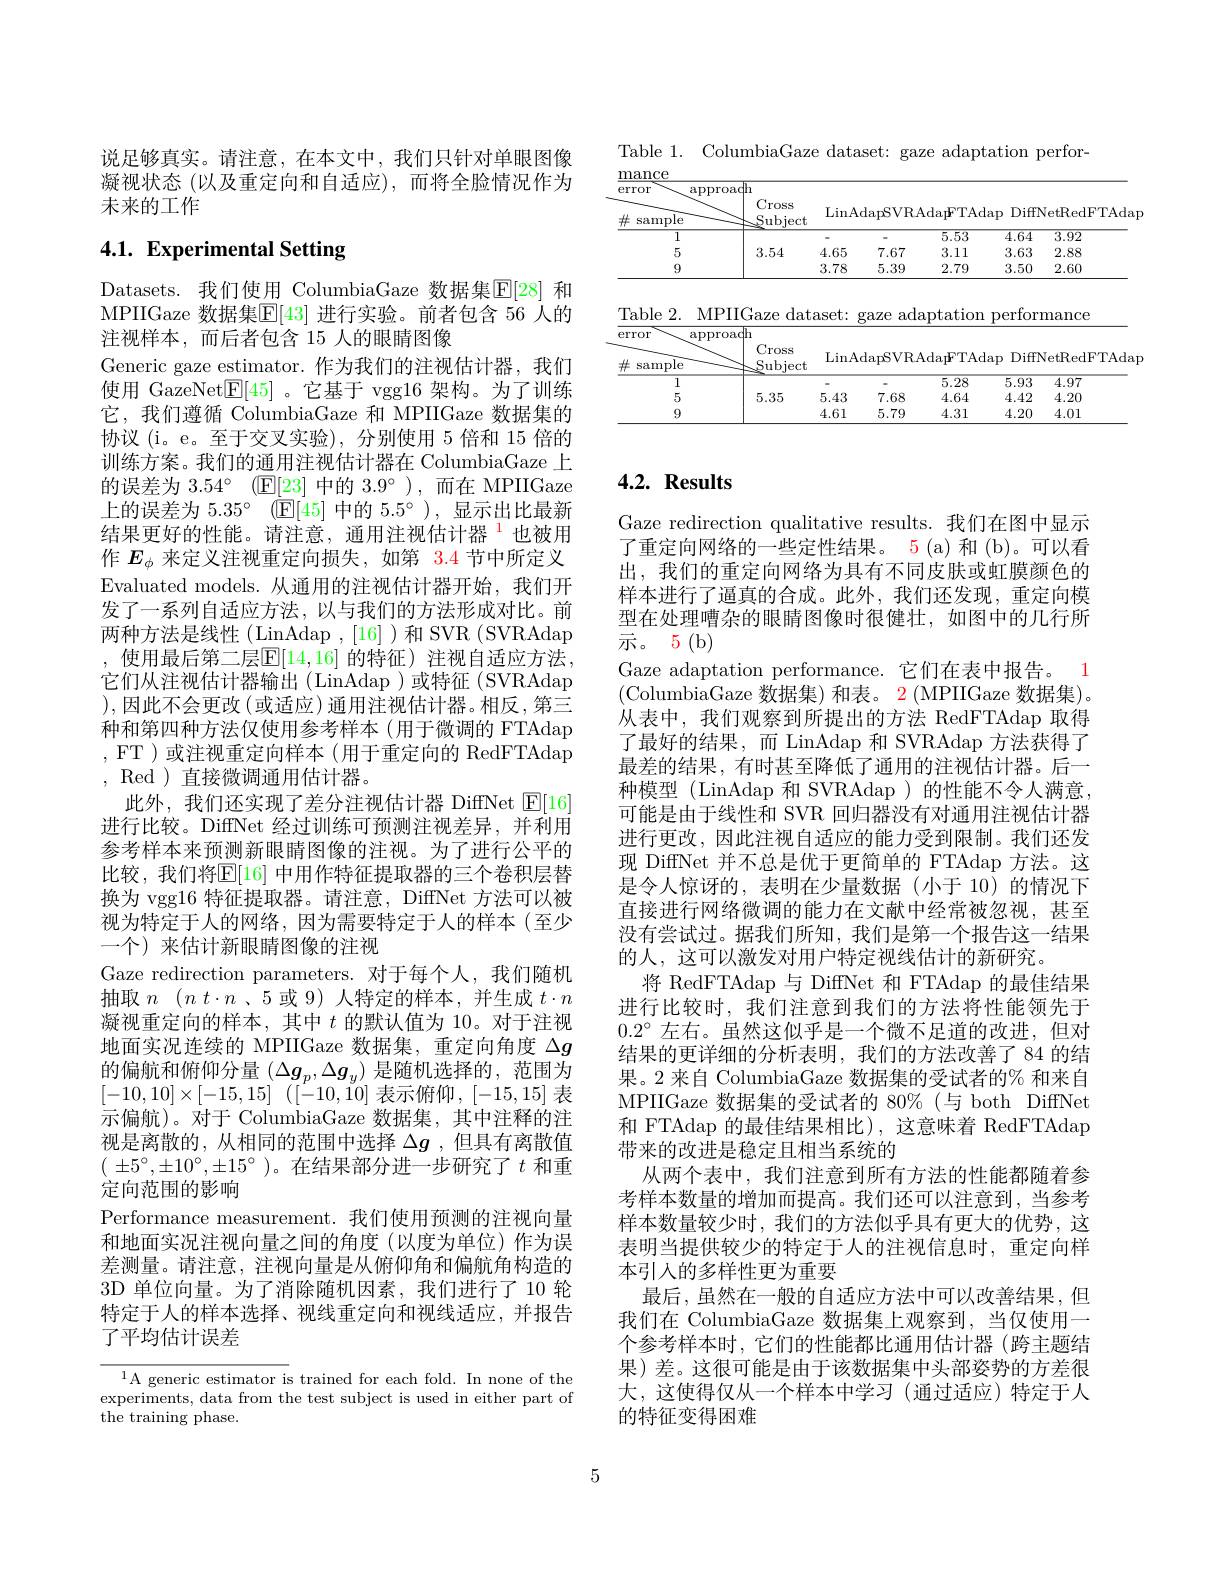
说足够真实。请注意，在本文中，我们只针对单眼图像凝视状态(以及重定向和自适应),而将全脸情况作为未来的工作

# 4.1. Experimental Setting

Datasets. 我们使用 ColumbiaGaze 数据集$\overline{\mathbb{E}}[28]$ 和MPIIGaze 数据集$\mathbb{E}[43]$ 进行实验。前者包含 56 人的注视样本，而后者包含 15 人的眼睛图像
Generic gaze estimator.作为我们的注视估计器，我们使用 GazeNet$\mathbb{E}[45]$ 。它基于 vgg16 架构。为了训练它，我们遵循 ColumbiaGaze 和 MPIIGaze 数据集的协议(i。e。至于交叉实验),分别使用 5 倍和 15 倍的训练方案。我们的通用注视估计器在 ColumbiaGaze 上的误差为$3. 54^\circ$ $( \mathbb{E} [ 23]$中的$3.9^\circ)$,而在 MPIIGaze 上的误差为 5.35° ($\mathbb{E}[45]$中的 5.5°),显示出比最新结果更好的性能。请注意，通用注视估计器$^{1}$也被用作$E_\phi$来定义注视重定向损失，如第 3.4 节中所定义Evaluated models. 从通用的注视估计器开始，我们开发了一系列自适应方法，以与我们的方法形成对比。前两种方法是线性 (LinAdap ,[16])和 SVR (SVRAdap , 使用最后第二层$\mathbb{E}[14,16]$ 的特征)注视自适应方法， 它们从注视估计器输出(LinAdap)或特征(SVRAdap ),因此不会更改(或适应)通用注视估计器。相反，第三种和第四种方法仅使用参考样本 (用于微调的 FTAdap , FT ) 或注视重定向样本 (用于重定向的 RedFTAdap , Red )直接微调通用估计器。
此外，我们还实现了差分注视估计器 DiffNet $\mathsf{E}[16]$ 进行比较。DiffNet 经过训练可预测注视差异，并利用参考样本来预测新眼睛图像的注视。为了进行公平的比较，我们将$\mathbb{E}[16]$ 中用作特征提取器的三个卷积层替换为 vgg16 特征提取器。请注意，DiffNet 方法可以被视为特定于人的网络，因为需要特定于人的样本(至少一个) 来估计新眼睛图像的注视
Gaze redirection parameters. 对于每个人，我们随机抽取$n$ $( n$ $t\cdot n$ 、5 或 9) 人特定的样本，并生成$t\cdot n$ 凝视重定向的样本，其中$t$的默认值为 10。对于注视地面实况连续的 MPIIGaze 数据集，重定向角度$\Delta g$ 的偏航和俯仰分量$(\Delta\boldsymbol{g}_p,\Delta\boldsymbol{g}_y)$是随机选择的，范围为$[ - 10, 10] \times [ - 15, 15]$ ([-10,10]表示俯仰，[-15,15]表示偏航)。对于 ColumbiaGaze 数据集，其中注释的注视是离散的，从相同的范围中选择$\Delta g$ ,但具有离散值( $\pm 5^{\circ }, \pm 10^{\circ }, \pm 15^{\circ }$ )。在结果部分进一步研究了$t$ 和重定向范围的影响
Performance measurement.我们使用预测的注视向量和地面实况注视向量之间的角度(以度为单位)作为误差测量。请注意，注视向量是从俯仰角和偏航角构造的3D 单位向量。为了消除随机因素，我们进行了10 轮特定于人的样本选择、视线重定向和视线适应，并报告了平均估计误差

$^{1}$A generic estimator is trained for each fold. In none of the experiments, data from the test subject is used in either part of the training phase.

Table 1. ColumbiaGaze dataset: gaze adaptation perfor-

<table>
	<tbody>
		<tr>
			<th rowspan="2">$\#$ sample $\overline{1}$</th>
			<th rowspan="2">Cross Subject</th>
			<th colspan="3">$\operatorname{LinAdapSVRAda\boldsymbol{F}TAdap}$</th>
			<th colspan="2">DiffNetRedFTAdap</th>
		</tr>
		<tr>
			<th> </th>
			<th> </th>
			<th>5.53</th>
			<th>4.64</th>
			<th>3.92</th>
		</tr>
		<tr>
			<td>5</td>
			<td>3.54</td>
			<td>4.65</td>
			<td>7.67</td>
			<td>3.11</td>
			<td>3.63</td>
			<td>2.88</td>
		</tr>
		<tr>
			<td>9</td>
			<td> </td>
			<td>3.78</td>
			<td>5.39</td>
			<td>2.79</td>
			<td>3.50</td>
			<td>2.60</td>
		</tr>
		<tr>
			<td>Table 2. $M$</td>
			<td>PIIGaze dat</td>
			<td>$aset:$</td>
			<td>$ad\varepsilon$ $\operatorname{raze}$</td>
			<td>$\operatorname{aptation}$ $P$</td>
			<td>erforn ,</td>
			<td>mance</td>
		</tr>
		<tr>
			<td>apF error $\#$ sample</td>
			<td>roadh Cross Subject</td>
			<td>LinA</td>
			<td>$\operatorname{dapSVR}$A</td>
			<td>$\operatorname{da\boldsymbol{F}TAdap}$</td>
			<td>DiffN</td>
			<td>${\mathsf{VetRedFTAdap}}$</td>
		</tr>
		<tr>
			<td>1</td>
			<td> </td>
			<td> </td>
			<td> </td>
			<td>5.28</td>
			<td>$\overline{5.93}$</td>
			<td>4.97</td>
		</tr>
		<tr>
			<td>5</td>
			<td>5.35</td>
			<td>5.43</td>
			<td>7.68</td>
			<td>4.64</td>
			<td>4.42</td>
			<td>4.20</td>
		</tr>
		<tr>
			<td>9</td>
			<td> </td>
			<td>4.61</td>
			<td>5.79</td>
			<td>4.31</td>
			<td>4.20</td>
			<td>4.01</td>
		</tr>
	</tbody>
</table>

# $4. 2. \textbf{ Results}$

Gaze redirection qualitative results.我们在图中显示了重定向网络的一些定性结果。5(a) 和(b)。可以看出，我们的重定向网络为具有不同皮肤或虹膜颜色的样本进行了逼真的合成。此外，我们还发现，重定向模型在处理嘈杂的眼睛图像时很健壮，如图中的几行所$\vec{\text{示 。}} 5$ (b)
Gaze adaptation performance. 它们在表中报告。1 (ColumbiaGaze 数据集)和表。2(MPIIGaze 数据集)。从表中，我们观察到所提出的方法 RedFTAdap 取得了最好的结果，而 LinAdap 和 SVRAdap 方法获得了最差的结果，有时甚至降低了通用的注视估计器。后一种模型 (LinAdap 和 SVRAdap ) 的性能不令人满意， 可能是由于线性和 SVR 回归器没有对通用注视估计器进行更改，因此注视自适应的能力受到限制。我们还发现 DiffNet 并不总是优于更简单的 FTAdap 方法。这是令人惊讶的，表明在少量数据(小于 10)的情况下直接进行网络微调的能力在文献中经常被忽视，甚至没有尝试过。据我们所知，我们是第一个报告这一结果的人，这可以激发对用户特定视线估计的新研究。
将 RedFTAdap 与 DiffNet 和 FTAdap 的最佳结果进行比较时，我们注意到我们的方法将性能领先于$0.2^{\circ}$左右。虽然这似乎是一个微不足道的改进，但对结果的更详细的分析表明，我们的方法改善了 84 的结果。2 来自 ColumbiaGaze 数据集的受试者的% 和来自MPIIGaze 数据集的受试者的 80%(与 both DiffNet 和 FTAdap 的最佳结果相比),这意味着 RedFTAdap 带来的改进是稳定且相当系统的
从两个表中，我们注意到所有方法的性能都随着参考样本数量的增加而提高。我们还可以注意到，当参考样本数量较少时，我们的方法似乎具有更大的优势，这表明当提供较少的特定于人的注视信息时，重定向样本引入的多样性更为重要
最后，虽然在一般的自适应方法中可以改善结果，但我们在 ColumbiaGaze 数据集上观察到，当仅使用一个参考样本时，它们的性能都比通用估计器(跨主题结果)差。这很可能是由于该数据集中头部姿势的方差很大，这使得仅从一个样本中学习(通过适应)特定于人的特征变得困难

5